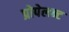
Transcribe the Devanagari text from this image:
प्रोपेलन्ट